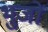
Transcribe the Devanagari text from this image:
भुजों